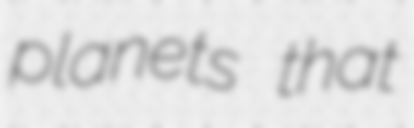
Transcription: planets that